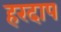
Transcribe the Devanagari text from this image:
हरदाप